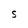
Character: S